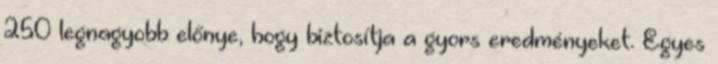
250 legnagyobb előnye, hogy biztosítja a gyors eredményeket. Egyes